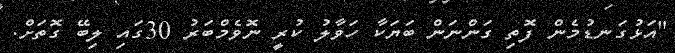
"އަޅުގަނޑުމެން ފޮތި ގަންނަން ބަޔަކާ ހަވާލު ކުރީ ނޮވެމްބަރު 30ގައި ލިބޭ ގޮތަށް.